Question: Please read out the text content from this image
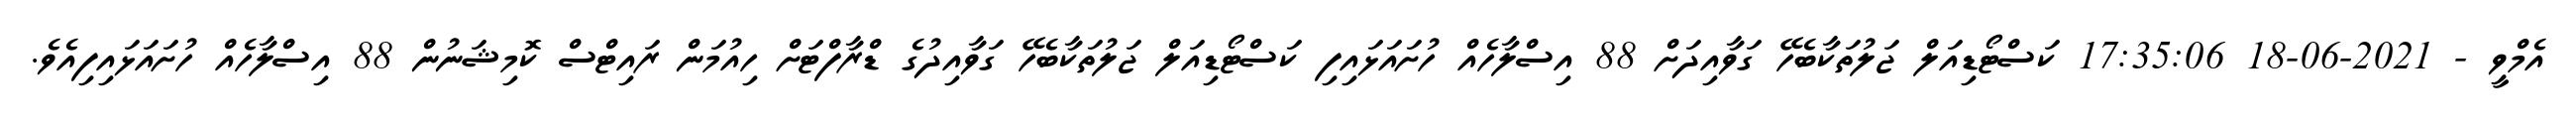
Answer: އެމްވީ - 2021-06-18 17:35:06 ކަސްޓޯޑިއަލް ޖަލުތަކާބެހޭ ގަވާއިދަށް 88 އިސްލާހެއް ހުށައަޅައިފި ކަސްޓޯޑިއަލް ޖަލުތަކާބެހޭ ގަވާއިދުގެ ޑްރާފްޓަށް ހިއުމަން ރައިޓްސް ކޮމިޝަނުން 88 އިސްލާހެއް ހުށައަޅައިފިއެވެ.